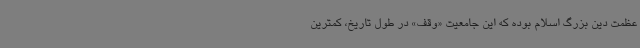
عظمت دین بزرگ اسلام بوده که این جامعیت «وقف» در طول تاریخ، کمترین